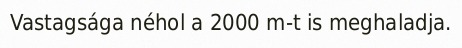
Vastagsága néhol a 2000 m-t is meghaladja.